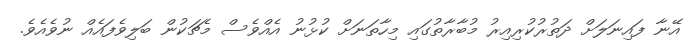
އޭނާ ފައިނަލަށް ދަތުރުކުރިއިރު މުބާރާތުގައި މިހާތަނަށް ކުޅުނު އެއްވެސް މެޗަކުން ބަލިވެފައެއް ނުވެއެވެ.